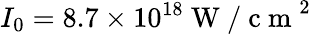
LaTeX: I_{0}=8.7\times 10^{18}\mathrm{~W~/~c~m~}^{2}